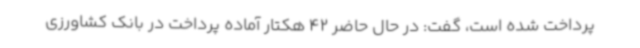
پرداخت شده است، گفت: در حال حاضر 42 هکتار آماده پرداخت در بانک کشاورزی